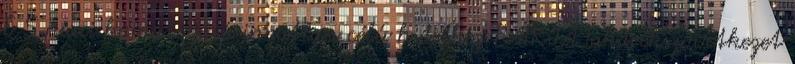
É S piaci kamatozású ingatlan célú hitelhez PÁTRIA Takarékszövetkezet